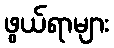
ဖွယ်ရာများ